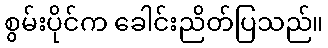
စွမ်းပိုင်က ခေါင်းညိတ်ပြသည်။